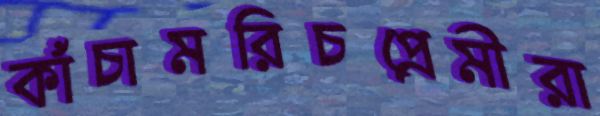
কাঁচামরিচপ্রেমীরা